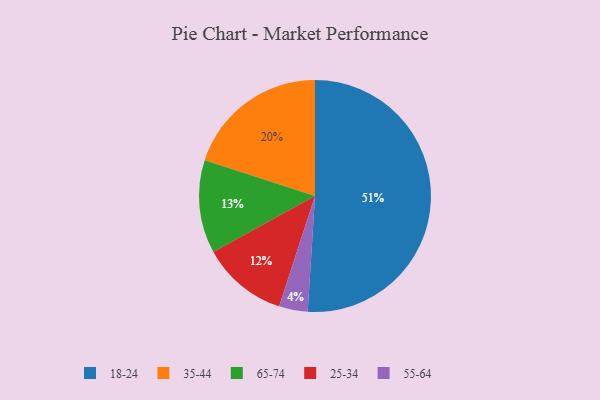
{"axis": {"x": "Category", "y": "Percentage"}, "legend": ["18-24", "25-34", "35-44", "55-64", "65-74"], "data": [{"x": "65-74", "y": 13, "type": "65-74"}, {"x": "55-64", "y": 4, "type": "55-64"}, {"x": "25-34", "y": 12, "type": "25-34"}, {"x": "18-24", "y": 51, "type": "18-24"}, {"x": "35-44", "y": 20, "type": "35-44"}]}